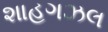
શાહગઝલ